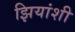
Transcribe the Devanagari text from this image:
झियांशी